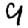
Digit: 9